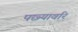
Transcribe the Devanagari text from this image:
पछ्यावरि